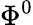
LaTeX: \Phi^{0}